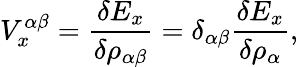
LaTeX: V_{x}^{\alpha\beta}=\frac{\delta E_{x}}{\delta\rho_{\alpha\beta}}=\delta_{\alpha\beta}\frac{\delta E_{x}}{\delta\rho_{\alpha}},